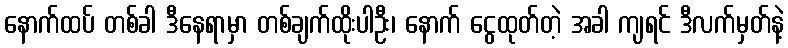
နောက်ထပ် တစ်ခါ ဒီနေရာမှာ တစ်ချက်ထိုးပါဦး၊ နောက် ငွေထုတ်တဲ့ အခါ ကျရင် ဒီလက်မှတ်နဲ့